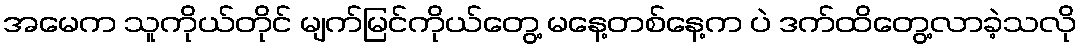
အမေက သူကိုယ်တိုင် မျက်မြင်ကိုယ်တွေ့ မနေ့တစ်နေ့က ပဲ ဒက်ထိတွေ့လာခဲ့သလို